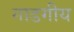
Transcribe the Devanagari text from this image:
गाडगीय